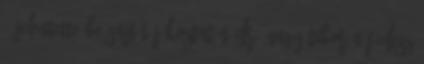
– jelentette be sajtótájékoztatón dr. Nagy Tibor a Fidesz